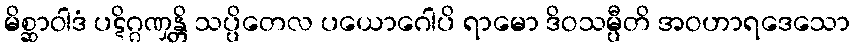
မိစ္ဆာဝါဒံ ပဋိဂ္ဂဏှန္တိ သပ္ပိတေလ ပယောဂေါပိ ရာမော ဒိဝသမ္ပီတိ အဝဟာရဒေသော